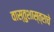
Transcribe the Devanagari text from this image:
वास्तुशास्त्राचे